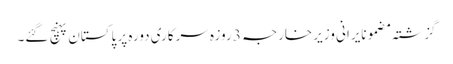
گزشتہ مضمونایرانی وزیر خارجہ 3 روزہ سرکاری دورہ پر پاکستان پہنچ گئے۔